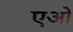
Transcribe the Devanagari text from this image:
एओं